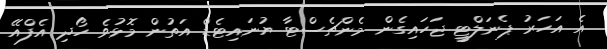
އެ އަހަރު ޕެނަލްޓީ ޖަހައިގެން މެންޗެސްޓާ ޔުނައިޓެޑް އަތުން މޮޅުވެ ހޯދި އެފްއޭ